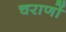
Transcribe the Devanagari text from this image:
चराणों